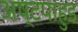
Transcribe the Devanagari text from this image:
अष्टपाहुड